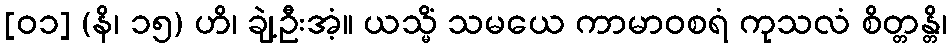
[၀၁] (နိ၊ ၁၅) ဟိ၊ ချဲ့ဦးအံ့။ ယသ္မိံ သမယေ ကာမာဝစရံ ကုသလံ စိတ္တန္တိ၊